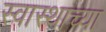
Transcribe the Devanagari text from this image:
स्वास्थाच्या